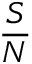
\frac { S } { N }